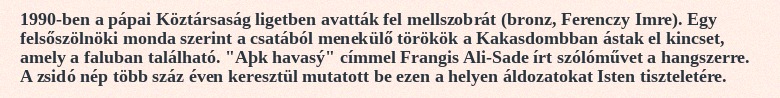
1990-ben a pápai Köztársaság ligetben avatták fel mellszobrát (bronz, Ferenczy Imre). Egy felsőszölnöki monda szerint a csatából menekülő törökök a Kakasdombban ástak el kincset, amely a faluban található. "Aþk havasý" címmel Frangis Ali-Sade írt szólóművet a hangszerre. A zsidó nép több száz éven keresztül mutatott be ezen a helyen áldozatokat Isten tiszteletére.